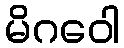
မိဂဝေါ